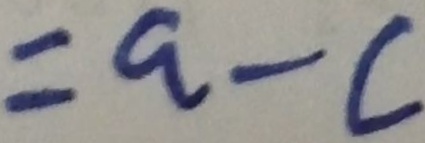
= a - c